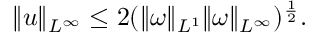
\| u \| _ { L ^ { \infty } } \leq 2 ( \| \omega \| _ { L ^ { 1 } } \| \omega \| _ { L ^ { \infty } } ) ^ { \frac { 1 } { 2 } } .